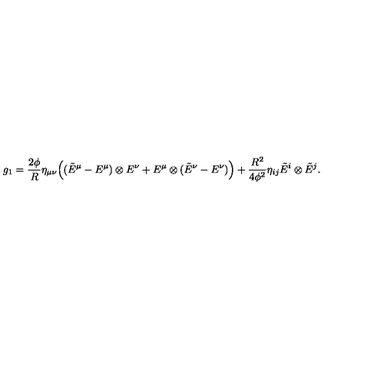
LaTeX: g _ { 1 } = \frac { 2 \phi } { R } \eta _ { \mu \nu } \Big ( ( \tilde { E } ^ { \mu } - E ^ { \mu } ) \otimes E ^ { \nu } + E ^ { \mu } \otimes ( \tilde { E } ^ { \nu } - E ^ { \nu } ) \Big ) + \frac { R ^ { 2 } } { 4 \phi ^ { 2 } } \eta _ { i j } \tilde { E } ^ { i } \otimes \tilde { E } ^ { j } .